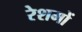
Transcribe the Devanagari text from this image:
रेशमों